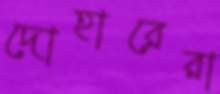
দোহারেরা